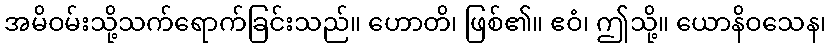
အမိဝမ်းသို့သက်ရောက်ခြင်းသည်။ ဟောတိ၊ ဖြစ်၏။ ဧဝံ၊ ဤသို့။ ယောနိဝသေန၊